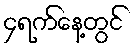
၄ရက်နေ့တွင်